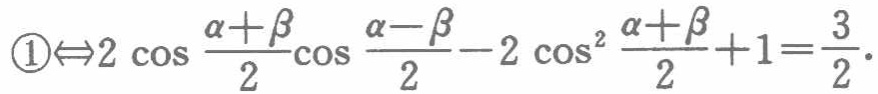
\(\textcircled{1}\Leftrightarrow2\cos\frac{\alpha + \beta}{2}\cos\frac{\alpha - \beta}{2}-2\cos^{2}\frac{\alpha + \beta}{2}+1 = \frac{3}{2}\)